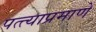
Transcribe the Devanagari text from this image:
पत्त्याप्रमाणे